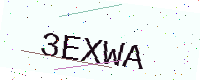
Text: 3EXWA